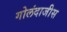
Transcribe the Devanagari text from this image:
गोलंदाजीस